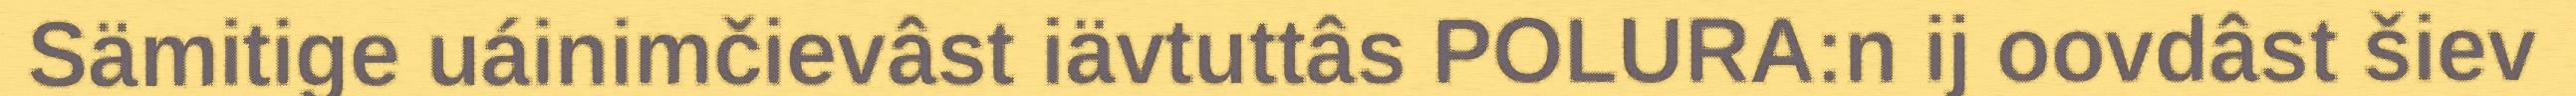
Sämitige uáinimčievâst iävtuttâs POLURA:n ij oovdâst šiev